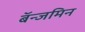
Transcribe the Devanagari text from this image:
बॅन्जमिन